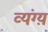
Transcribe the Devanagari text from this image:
व्यंग्य़